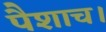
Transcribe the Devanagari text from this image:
पैशाच।